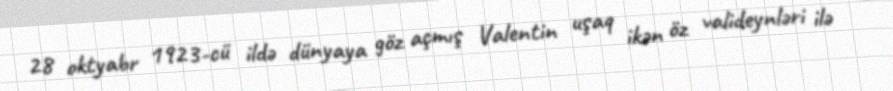
28 oktyabr 1923-cü ildə dünyaya göz açmış Valentin uşaq ikən öz valideynləri ilə